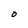
Character: 0